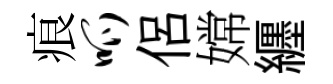
痕呱侶嫦纒